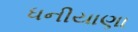
ધનીયાણા